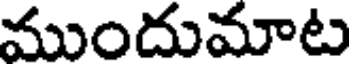
ముందుమాట